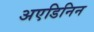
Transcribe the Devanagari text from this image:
अएडिनिन